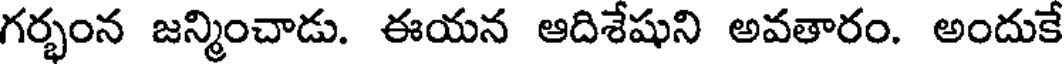
గర్భంన జన్మించాడు. ఈయన ఆదిశేషుని అవతారం. అందుకే